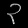
Digit: ၃